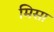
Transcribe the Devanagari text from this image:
मिसा